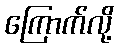
ကြောက်လို့